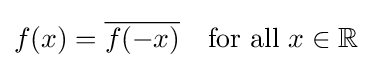
f(x)={\overline {f(-x)}}\quad {\text{for all }}x\in \mathbb {R}